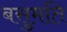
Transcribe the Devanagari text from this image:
बसुमति